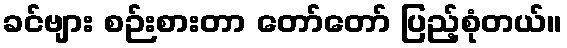
ခင်ဗျား စဉ်းစားတာ တော်တော် ပြည့်စုံတယ်။